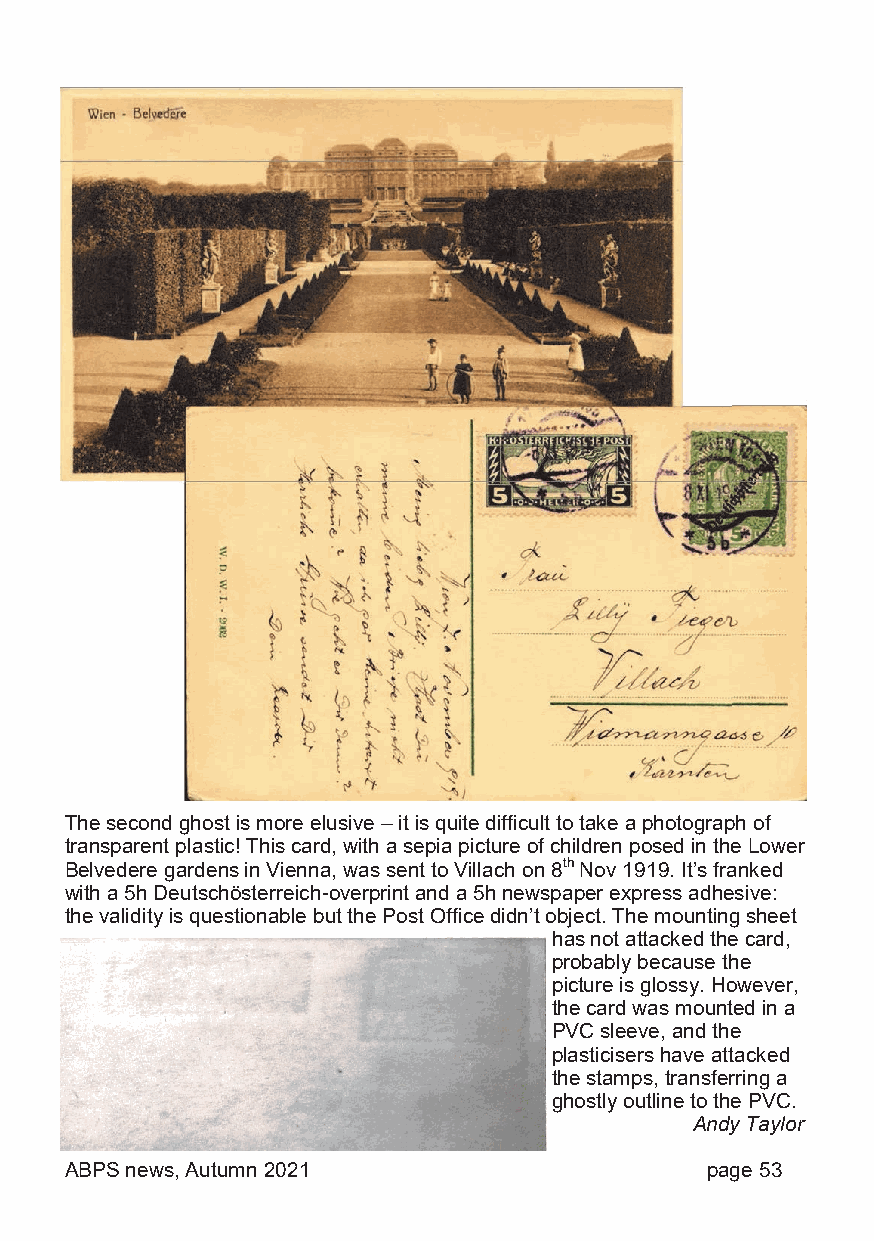
The second ghost is more elusive – it is quite difficult to take a photograph of
 transparent plastic! This card, with a sepia picture of children posed in the Lower
 Belvedere gardens in Vienna, was sent to Villach on 8th Nov 1919. It’s franked
 with a 5h Deutschösterreich-overprint and a 5h newspaper express adhesive:
 the validity is questionable but the Post Office didn’t object. The mounting sheet
 has not attacked the card,
 probably because the
 picture is glossy. However,
 the card was mounted in a
 PVC sleeve, and the
 plasticisers have attacked
 the stamps, transferring a
 ghostly outline to the PVC.
 Andy Taylor
 ABPS news, Autumn 2021                     page 53